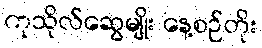
ကုသိုလ်ဆွေမျိုး နေ့စဉ်တိုး